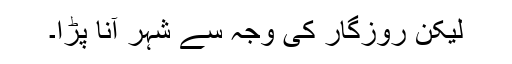
لیکن روزگار کی وجہ سے شہر آنا پڑا۔